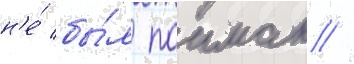
н'е́ бы́л поиман //